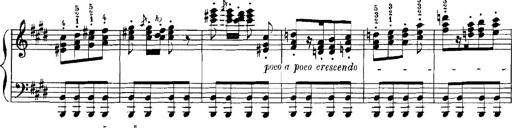
Title: Rhapsodies hongroises
Composer: Franz Liszt